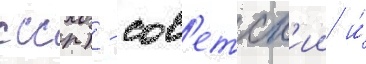
ссср) - сов'етск'ии и́